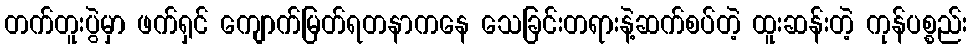
တက်တူးပွဲမှာ ဖက်ရှင် ကျောက်မြတ်ရတနာကနေ သေခြင်းတရားနဲ့ဆက်စပ်တဲ့ ထူးဆန်းတဲ့ ကုန်ပစ္စည်း